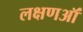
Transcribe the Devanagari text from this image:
लक्षणऑं